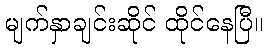
မျက်နှာချင်းဆိုင် ထိုင်နေပြီ။